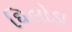
ઘિલોડા